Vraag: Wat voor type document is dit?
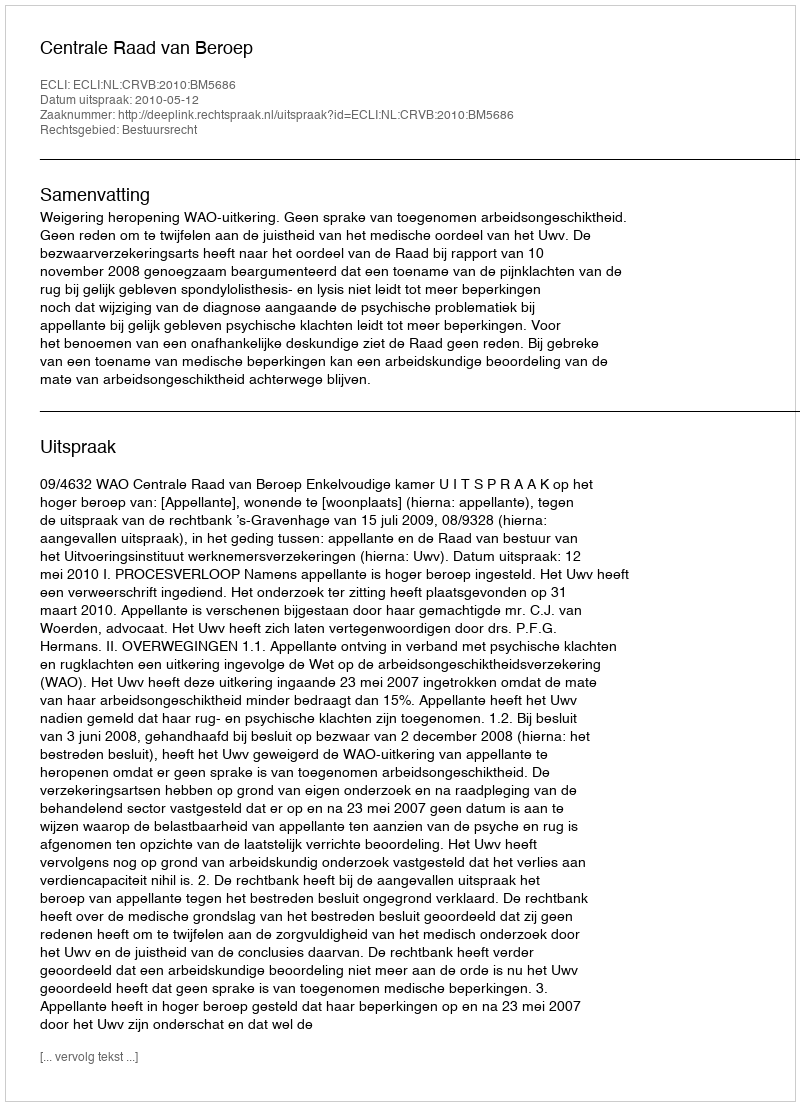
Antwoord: Uitspraak